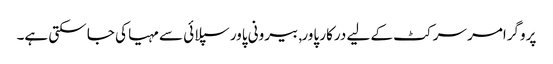
پروگرامر سرکٹ کے لیے درکار پاور, بیرونی پاور سپلائی سے مہیا کی جا سکتی ہے۔